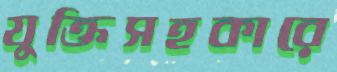
যুক্তিসহকারে